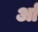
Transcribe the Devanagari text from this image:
र्आ